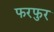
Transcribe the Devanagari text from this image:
फरफुर